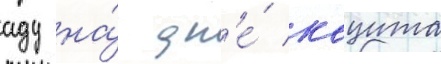
аду на́ дн'е́ коцита